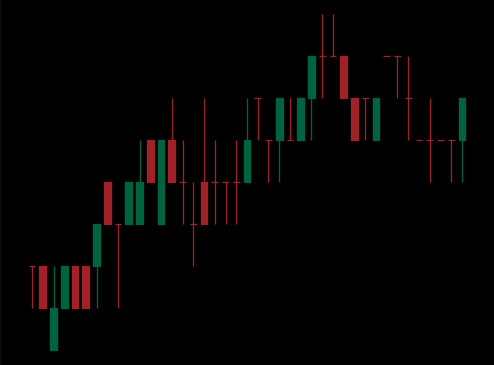
Pattern: bear_flag